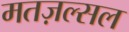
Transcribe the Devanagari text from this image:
मतज़ल्सल